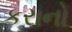
કરાનો